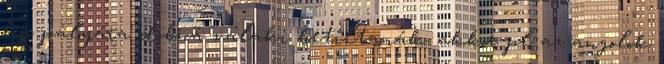
ha pályára dobná valaki betiltanák. akkor pl az angolok